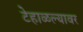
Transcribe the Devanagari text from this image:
टेहाळल्यावर